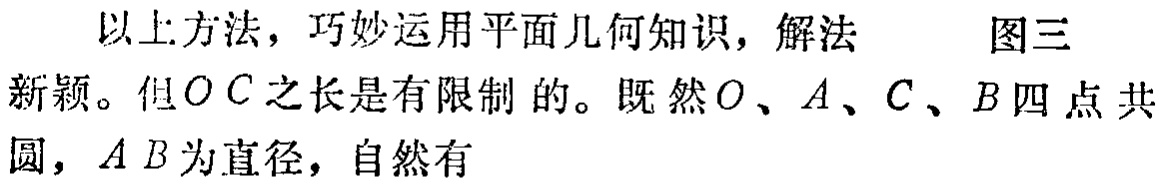
以上方法，巧妙运用平面几何知识，解法
图三
新颖。但\(OC\)之长是有限制的。既然\(O、A、C、B\)四点共
圆，\(AB\)为直径，自然有